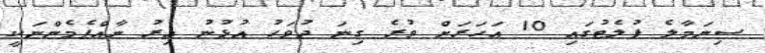
ސިނަމާލެ ފުލެޓުގައި 10 އަހަރަށް ވުރެ ގިނަ ދުވަހު އުޅުނު އިރު ނާއްޕެމެންނަކީ